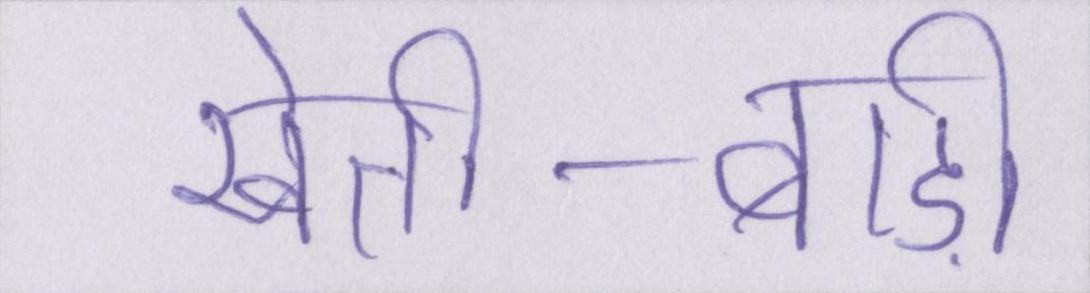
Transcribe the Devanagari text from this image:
खेती-बाड़ी